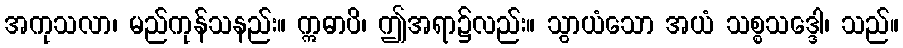
အကုသလာ၊ မည်ကုန်သနည်း။ ဣဓာပိ၊ ဤအရာ၌လည်း။ သွာယံသော အယံ သစ္စသဒ္ဒေါ၊ သည်။